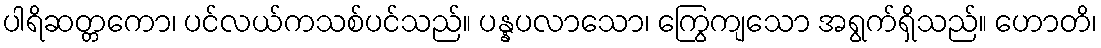
ပါရိဆတ္တကော၊ ပင်လယ်ကသစ်ပင်သည်။ ပန္နပလာသော၊ ကြွေကျသော အရွက်ရှိသည်။ ဟောတိ၊